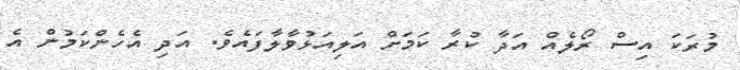
މުރަކަ އިސް ރޯލެއް އަދާ ކުރާ ކަމަށް އަލިއަޅުވާލާފައެވެ. އަދި އެހެންކަމުން އެ